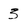
Character: 3